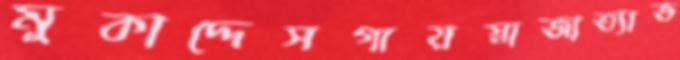
মুকাদ্দেসগায়স্বাজাত্যাভ